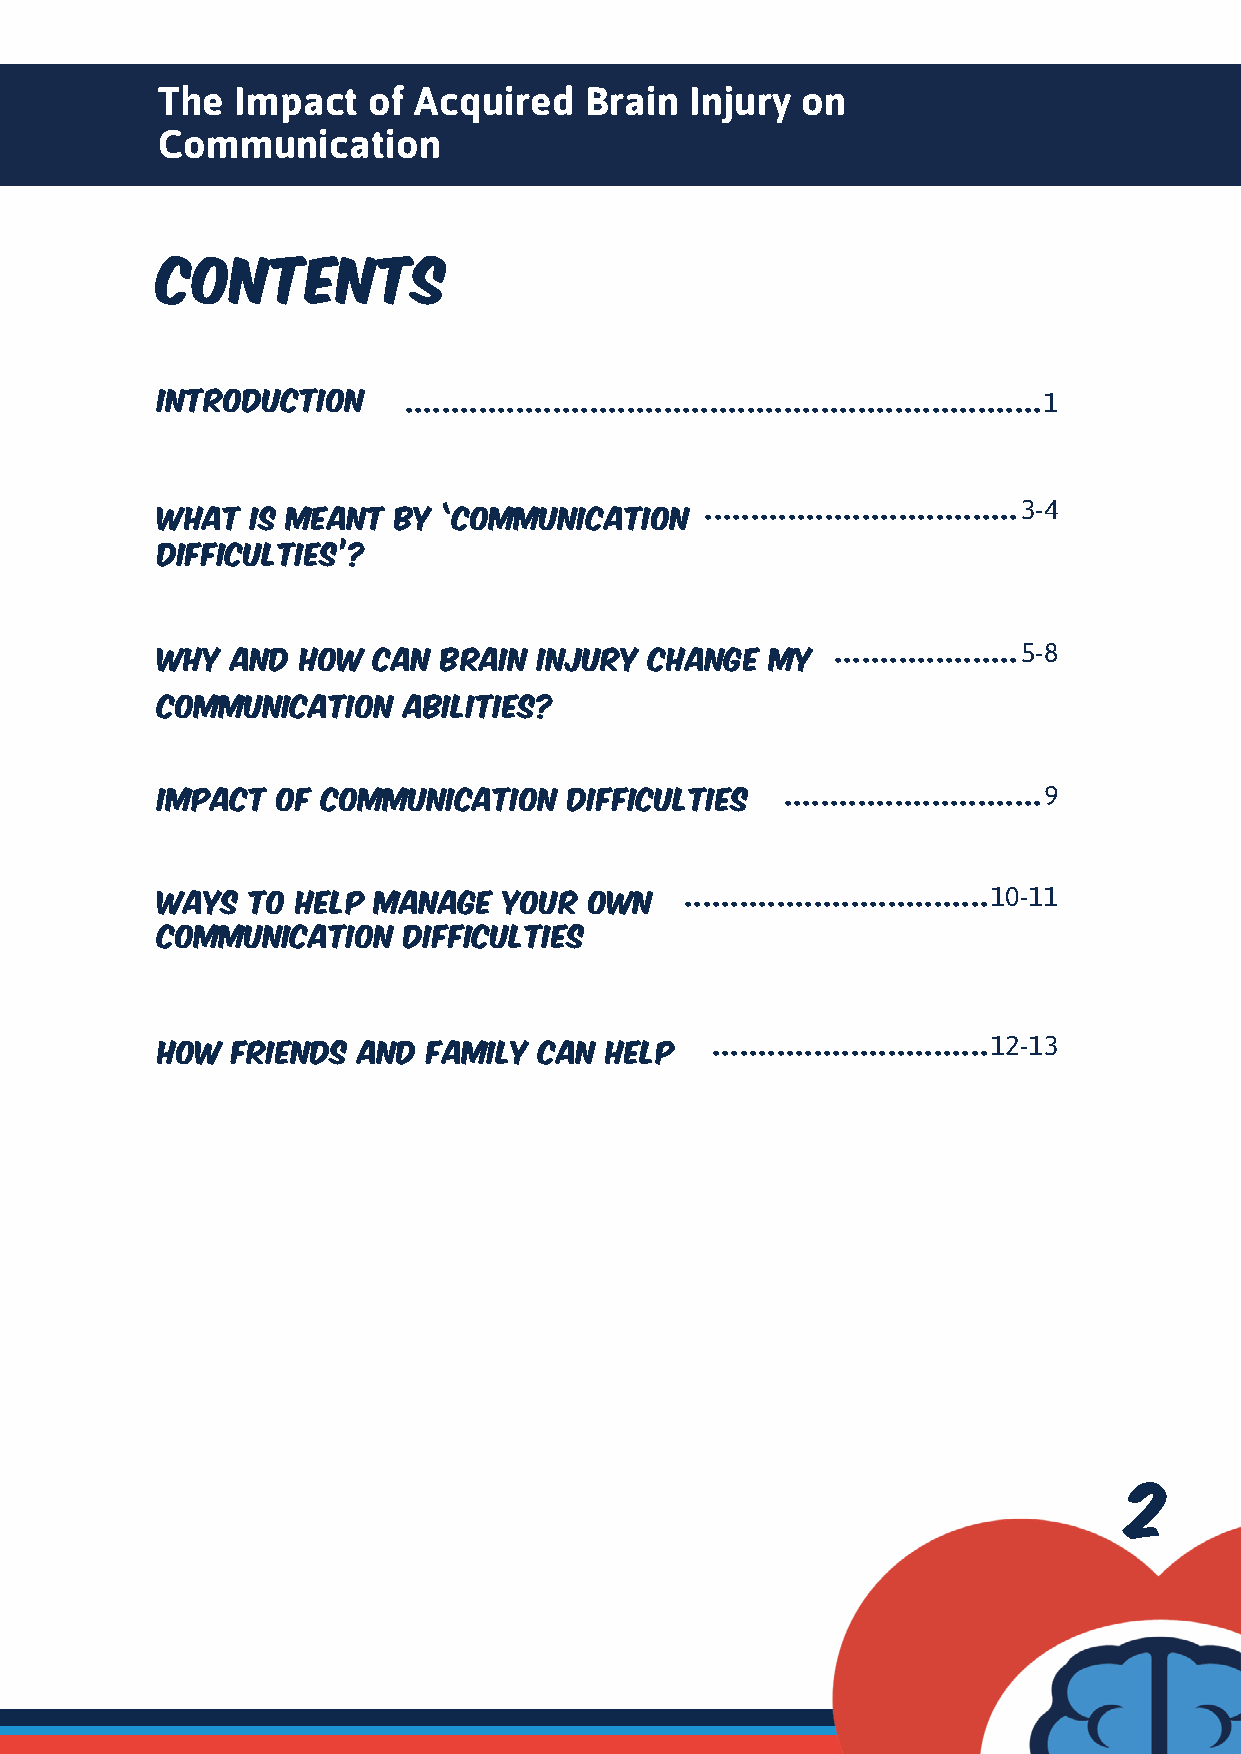
The   Impact  of Acquired    Brain  Injury on
 Communication
 CONTENTS
 INTRODUCTION     .....................................................................1
 ..................................3-4
 WHAT   IS meant by ‘communication
 difficulties’?
 ....................5-8
 wHY  AND  HOW  CAN BRAIN  INJURY CHANGE  MY
 communication    ABILITIES?
 Impact  of communication    difficulties  ............................9
 .................................10-11
 Ways  to  help manage  your  own
 communication    difficulties
 ..............................12-13
 how  friends  and family  can help
 22          33